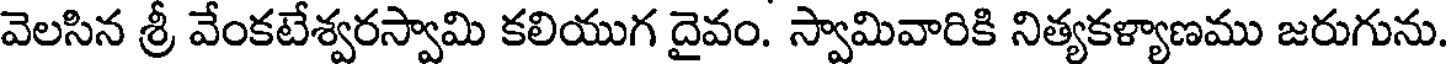
వెలసిన శ్రీ వేంకటేశ్వరస్వామి కలియుగ దైవం. స్వామివారికి నిత్యకళ్యాణము జరుగును